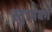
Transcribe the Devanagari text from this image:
स्ट्रामबर्ग